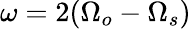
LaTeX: \omega=2(\Omega_{o}-\Omega_{s})